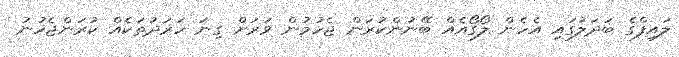
ލައިފްގެ ބަދަލުގައި އެހެން ލޯގޯއެއް ބޭނުންކުރަން ޖެހުމުން ވަރަށް ގިނަ ހަރަދުތަކެއް ކުރަންޖެހުނު